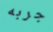
جربه